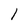
Character: l